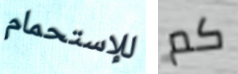
للإستحمام كم